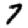
Digit: 7